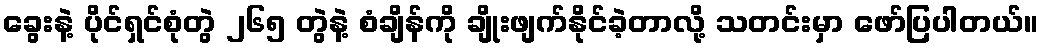
ခွေးနဲ့ ပိုင်ရှင်စုံတွဲ ၂၆၅ တွဲနဲ့ စံချိန်ကို ချိုးဖျက်နိုင်ခဲ့တာလို့ သတင်းမှာ ဖော်ပြပါတယ်။